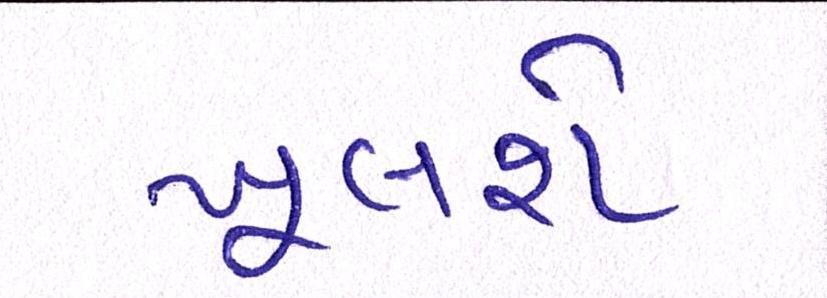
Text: ખૂલશે